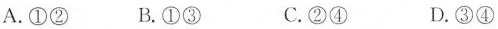
A.①② B.①③ C.②④ D.③④